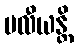
ဗလီယန္တိ